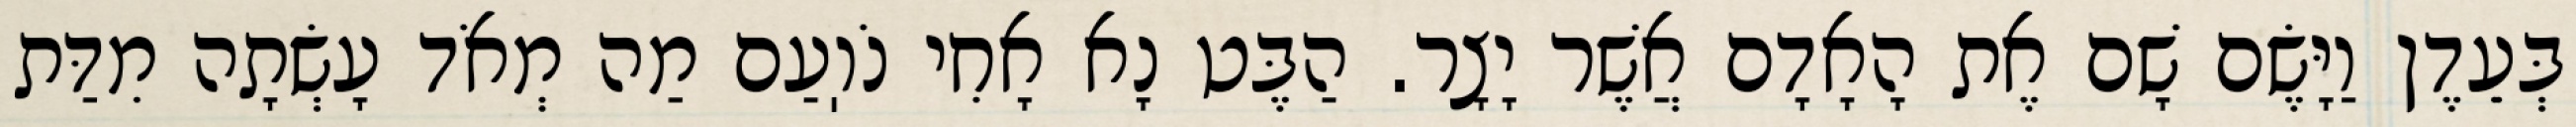
בְּעֵדֶן וַיָּשֶׂם שָׁם אֶת הָאָדָם אֲשֶׁר יָצָר. הַבֶּט נָא אָחִי נֹוֽעַם מַה מְאֹד עָשְׂתָה מִדַּת